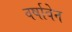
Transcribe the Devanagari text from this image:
वर्षाबेन